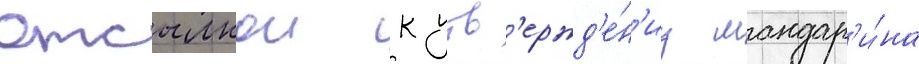
отсылкои к утв'ержд'е́н'иу мандар'и́на